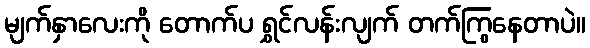
မျက်နှာလေးကို တောက်ပ ရွှင်လန်းလျက် တက်ကြွနေတာပဲ။